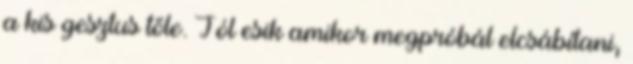
a kis gesztus tőle. Jól esik amikor megpróbál elcsábítani,